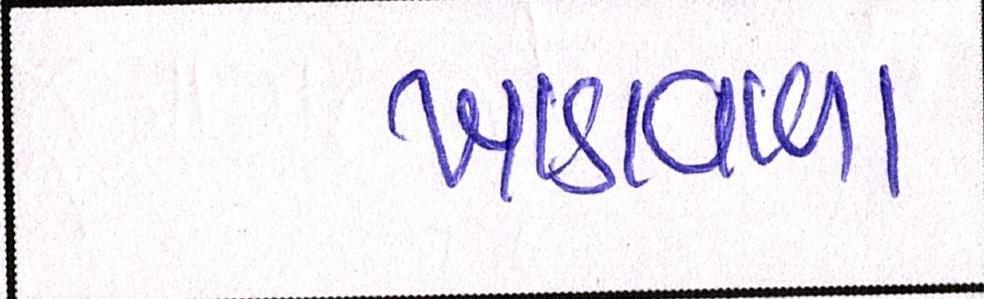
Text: ખાડાવાળા